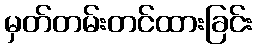
မှတ်တမ်းတင်ထားခြင်း